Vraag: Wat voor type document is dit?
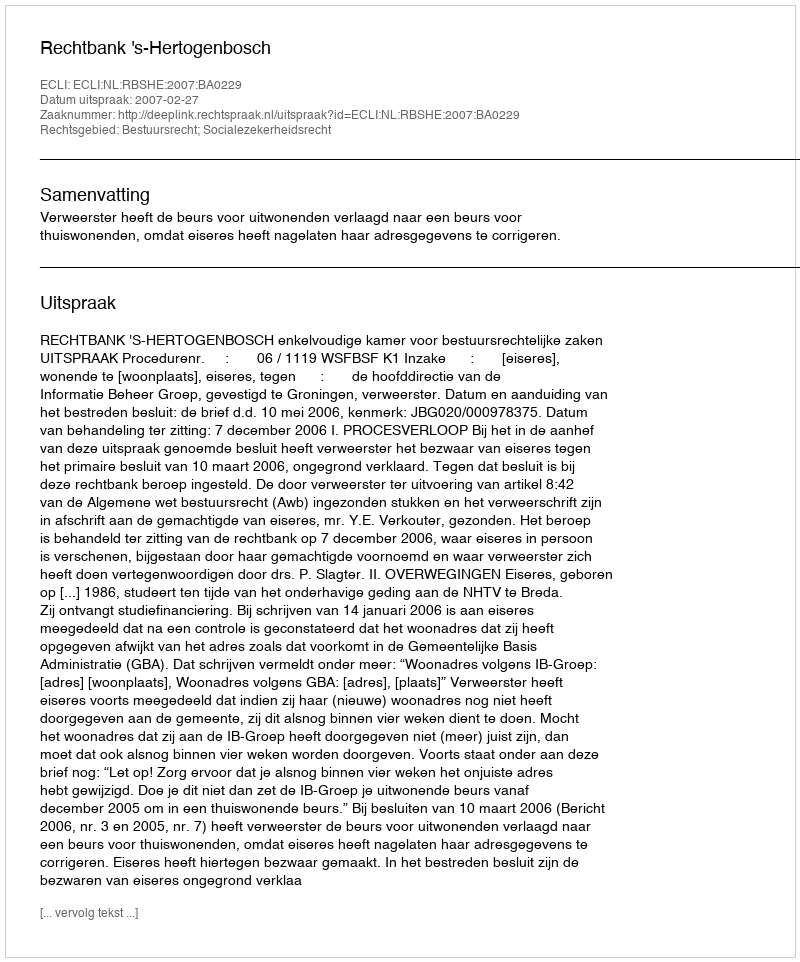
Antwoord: Uitspraak